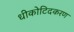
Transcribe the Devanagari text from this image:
धीकोटिदकरण